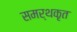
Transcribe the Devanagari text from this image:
समर्थकृत